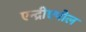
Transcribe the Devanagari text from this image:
एन्द्रीएपोल